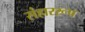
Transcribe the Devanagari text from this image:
संहाररूप